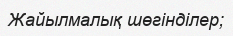
Жайылмалық шөгінділер;